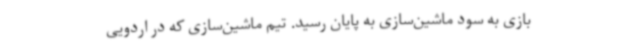
بازی به سود ماشین‌سازی به پایان رسید. تیم ماشین‌سازی که در اردویی